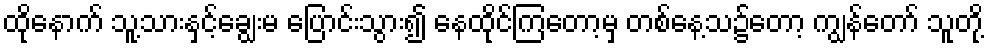
ထိုနောက် သူ့သားနှင့်ချွေးမ ပြောင်းသွား၍ နေထိုင်ကြတော့မှ တစ်နေ့သ၌တော့ ကျွန်တော် သူတို့